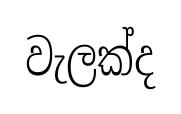
වැලක්ද